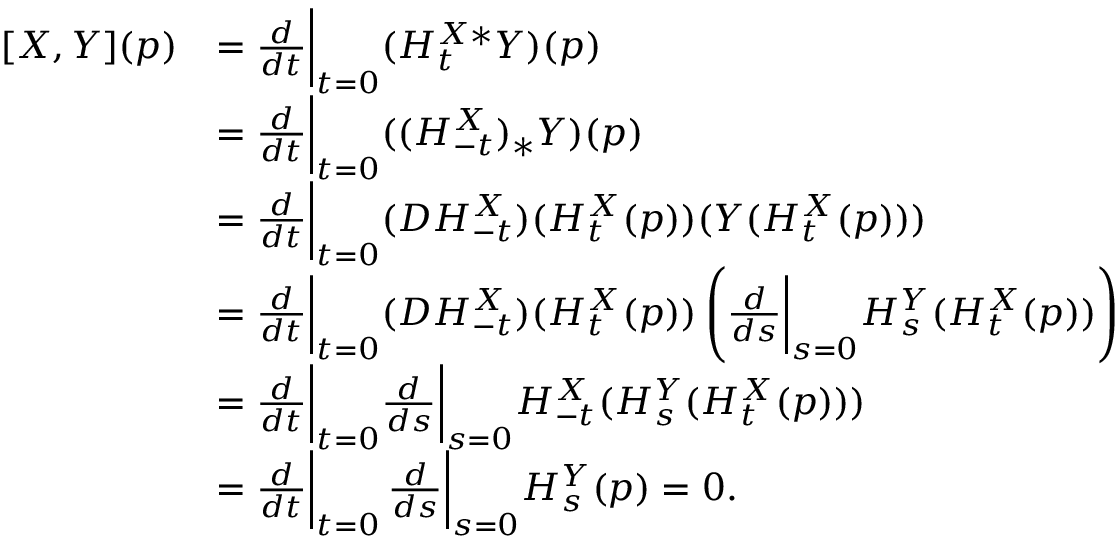
\begin{array} { r l } { [ X , Y ] ( p ) } & { = \frac { d } { d t } \bigg \vert _ { t = 0 } ( H _ { t } ^ { X * } Y ) ( p ) } \\ & { = \frac { d } { d t } \bigg \vert _ { t = 0 } ( ( H _ { - t } ^ { X } ) _ { * } Y ) ( p ) } \\ & { = \frac { d } { d t } \bigg \vert _ { t = 0 } ( D H _ { - t } ^ { X } ) ( H _ { t } ^ { X } ( p ) ) ( Y ( H _ { t } ^ { X } ( p ) ) ) } \\ & { = \frac { d } { d t } \bigg \vert _ { t = 0 } ( D H _ { - t } ^ { X } ) ( H _ { t } ^ { X } ( p ) ) \left( \frac { d } { d s } \bigg \vert _ { s = 0 } H _ { s } ^ { Y } ( H _ { t } ^ { X } ( p ) ) \right) } \\ & { = \frac { d } { d t } \bigg \vert _ { t = 0 } \frac { d } { d s } \bigg \vert _ { s = 0 } H _ { - t } ^ { X } ( H _ { s } ^ { Y } ( H _ { t } ^ { X } ( p ) ) ) } \\ & { = \frac { d } { d t } \bigg \vert _ { t = 0 } \, \frac { d } { d s } \bigg \vert _ { s = 0 } H _ { s } ^ { Y } ( p ) = 0 . } \end{array}